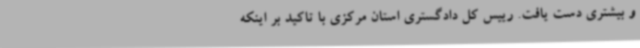
و بیشتری دست یافت. رییس کل دادگستری استان مرکزی با تاکید بر اینکه